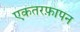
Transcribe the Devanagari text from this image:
एकतरफ़ापन